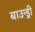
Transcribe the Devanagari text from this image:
बाउन्ड्री